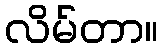
လိမ်တာ။